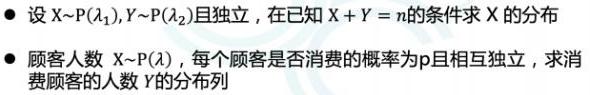
- 设$X\sim P(\lambda_1),Y\sim P(\lambda_2)$且独立，在已知$X + Y = n$的条件求$X$的分布
- 顾客人数$X\sim P(\lambda)$，每个顾客是否消费的概率为$p$且相互独立，求消费顾客的人数$Y$的分布列